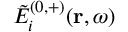
\tilde { E } _ { i } ^ { ( 0 , + ) } ( \mathbf { r } , \omega )